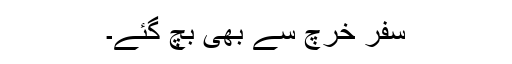
سفر خرچ سے بھی بچ گئے۔